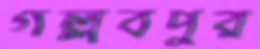
গল্লবপুর